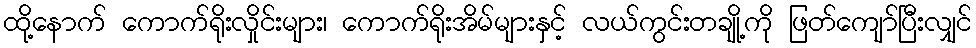
ထို့နောက် ကောက်ရိုးလှိုင်းများ၊ ကောက်ရိုးအိမ်များနှင့် လယ်ကွင်းတချို့ကို ဖြတ်ကျော်ပြီးလျှင်